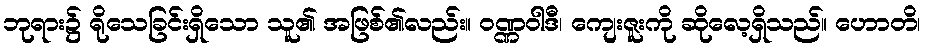
ဘုရား၌ ရိုသေခြင်းရှိသော သူ၏ အဖြစ်၏လည်း။ ဝဏ္ဏဝါဒီ၊ ကျေးဇူးကို ဆိုလေ့ရှိသည်။ ဟောတိ၊